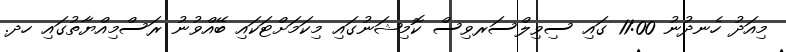
މިއަދު ހެނދުނު 11:00 ގައި ސިވިލްސަރވިސް ކޮމިޝަނުގައި މިކަމަށްޓަކައި ބޭއްވުނު ރަސްމިއްޔާތުގައި ހދ.